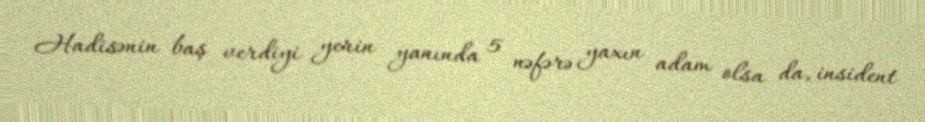
Hadisənin baş verdiyi yerin yanında 5 nəfərə yaxın adam olsa da, insident